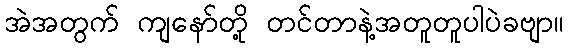
အဲအတွက် ကျနော်တို့ တင်တာနဲ့အတူတူပါပဲခဗျာ။